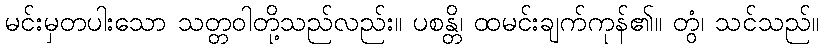
မင်းမှတပါးသော သတ္တဝါတို့သည်လည်း။ ပစန္တိ၊ ထမင်းချက်ကုန်၏။ တွံ၊ သင်သည်။